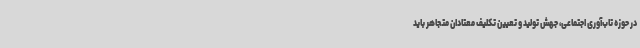
در حوزه تاب‌آوری اجتماعی، جهش تولید و تعیین تکلیف معتادان متجاهر باید